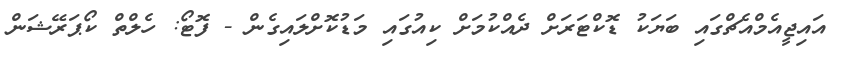
އައިޖީއެމްއެޗްގައި ބަޔަކު ޑޮކްޓަރަށް ދެއްކުމަށް ކިއުގައި މަޑުކޮށްލައިގެން - ފޮޓޯ: ހެލްތް ކޯޕަރޭޝަން